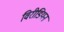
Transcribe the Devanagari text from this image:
विरीडियन